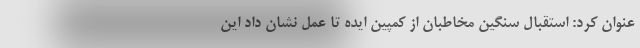
عنوان کرد: استقبال سنگین مخاطبان از کمپین ایده تا عمل نشان داد این